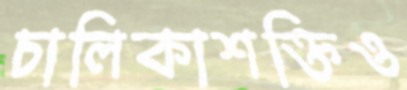
চালিকাশক্তিও